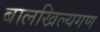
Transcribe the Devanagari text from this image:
बालखिल्यगण